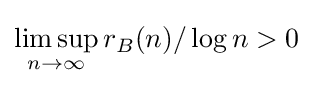
\limsup _{n\rightarrow \infty }r_{B}(n)/\log n>0